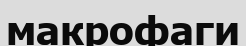
макрофаги